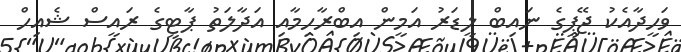
ވަހީދާއެކު ޖޭޕީގެ ނައިބް ލީޑަރު އަމީން އިބްރާހިމާއި އަދާލަތު ޕާޓީގެ ރައީސް ޝެއިހް